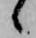
候